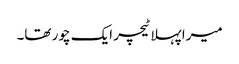
میرا پہلا ٹیچر ایک چور تھا۔